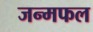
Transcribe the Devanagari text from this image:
जन्मफल